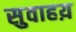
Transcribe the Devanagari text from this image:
सुवाहय़